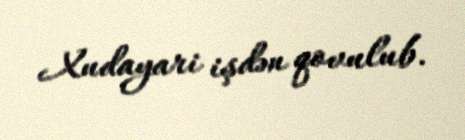
Xudayari işdən qovulub.